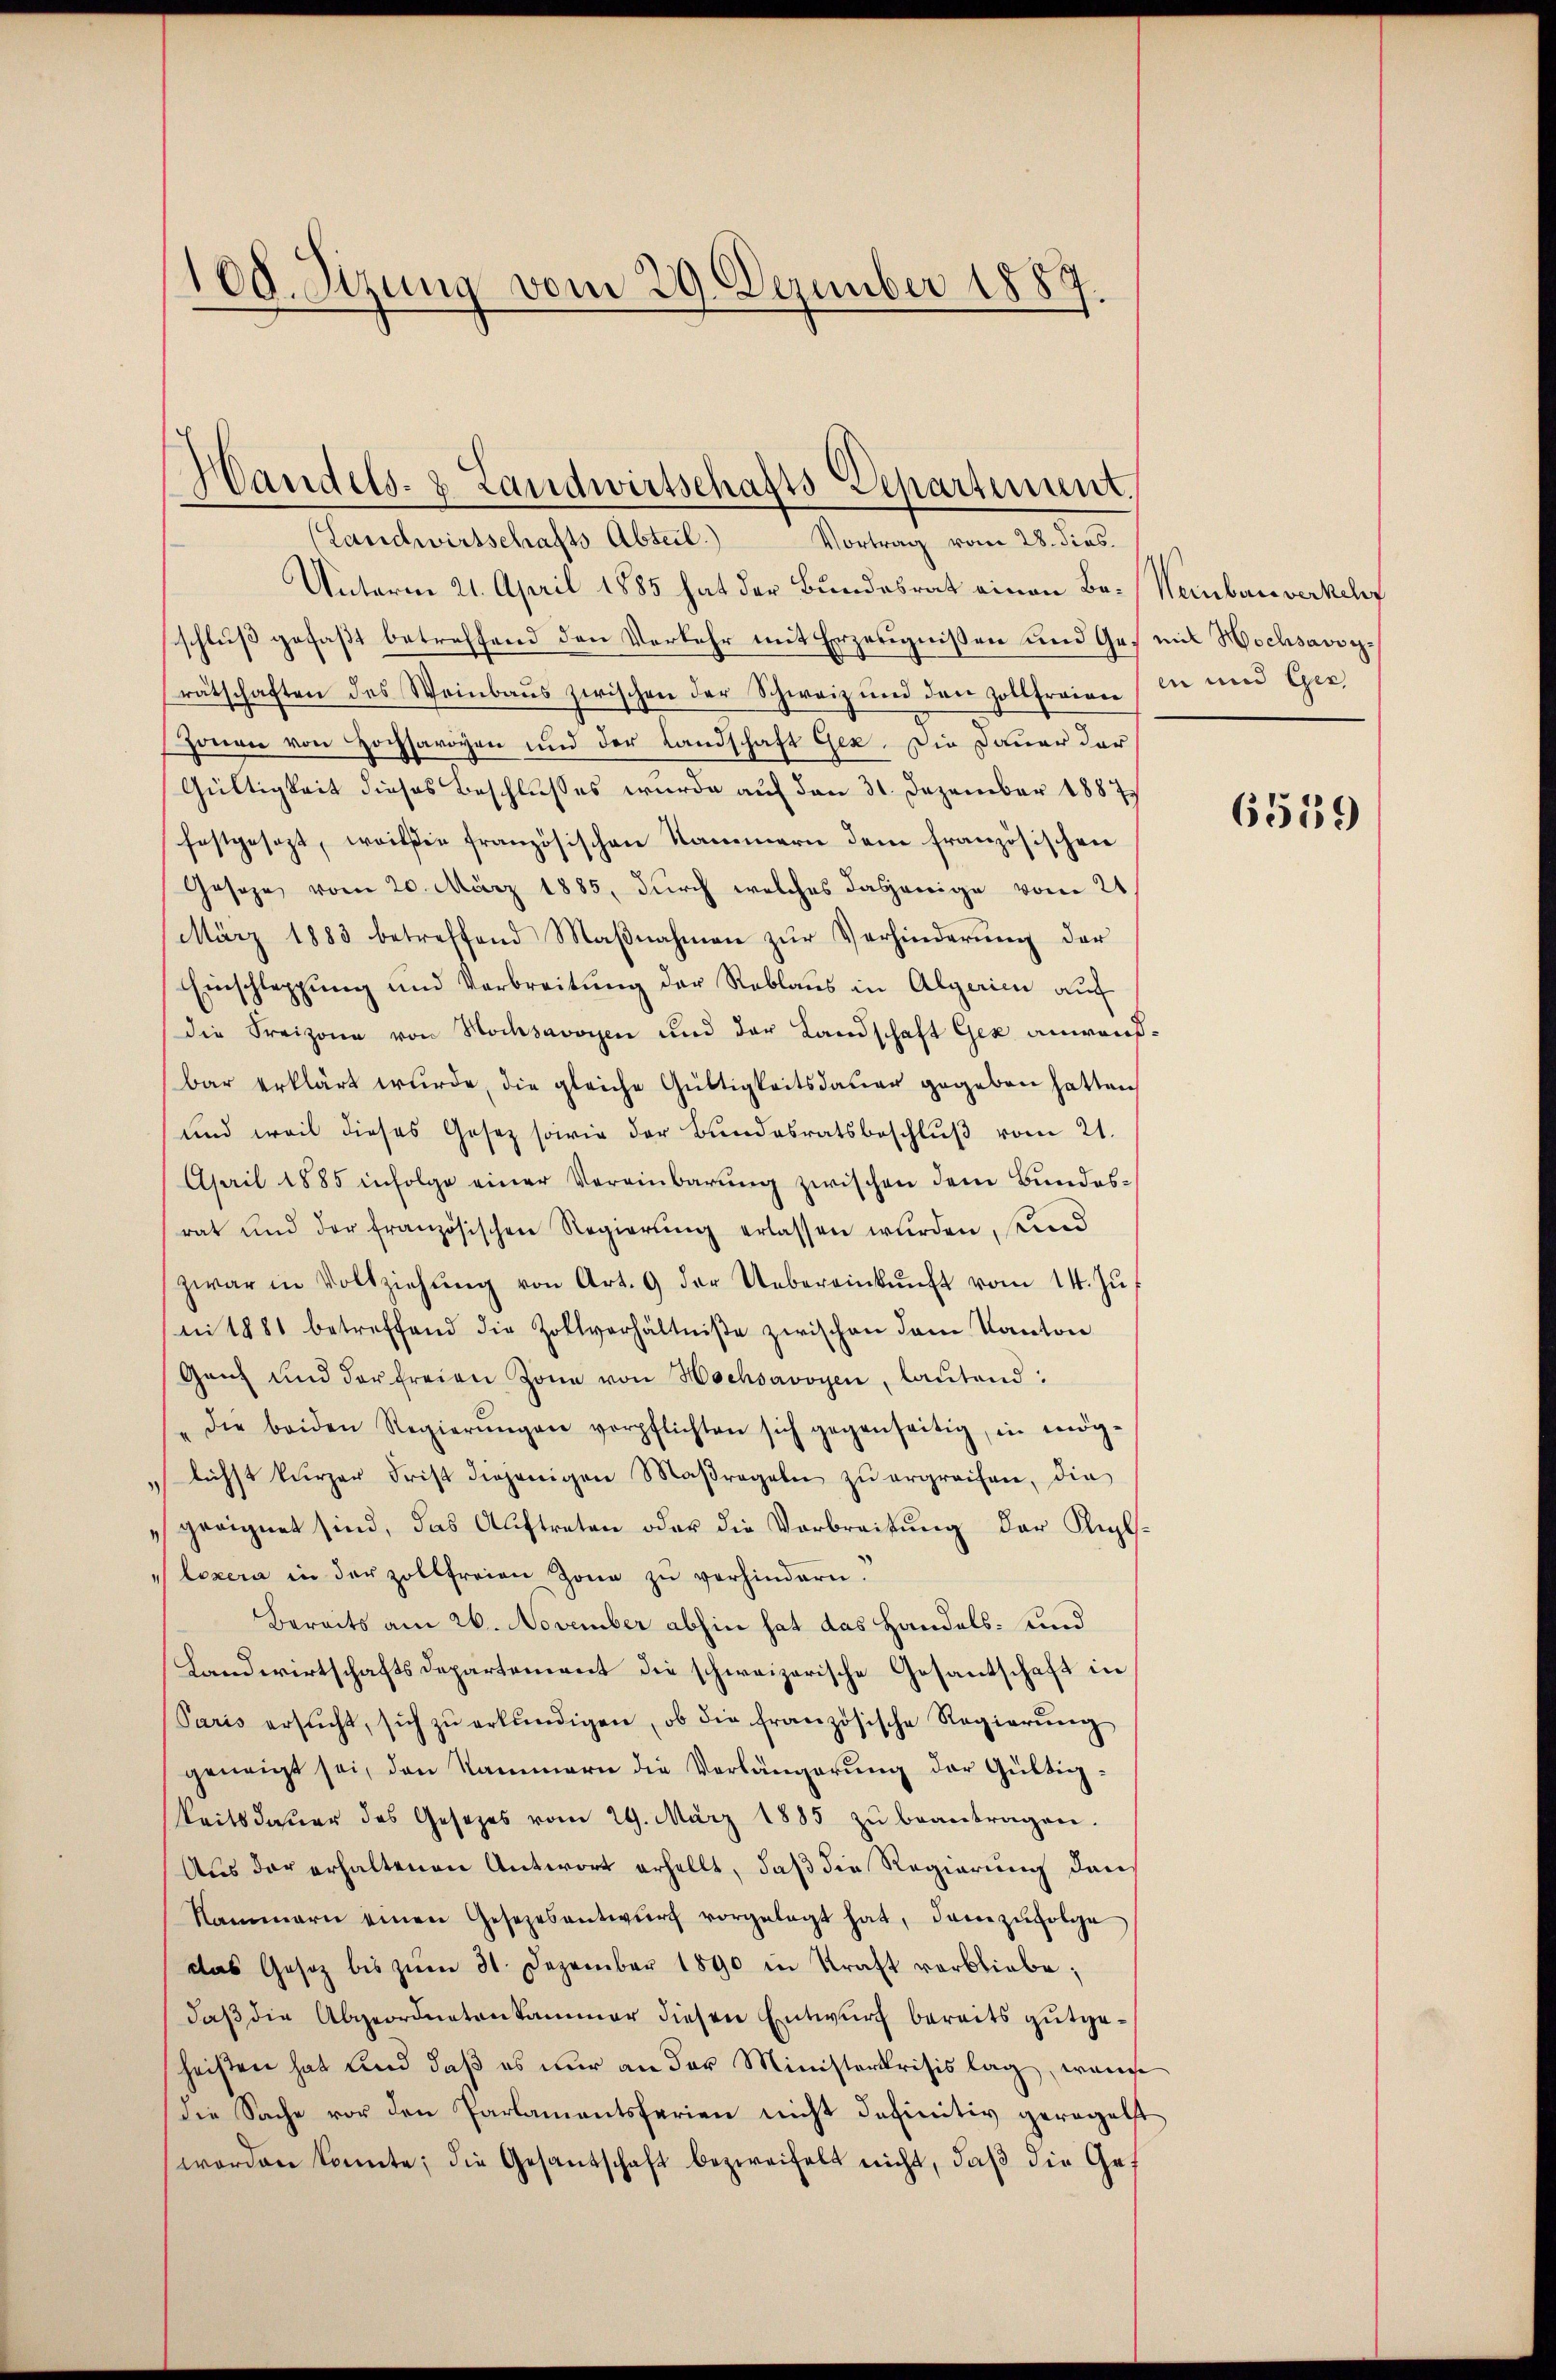
100. Sizung vom 29. Dezember 1889.

Unterm 21. April 1885 hat der Bundesrat einen Be-Weinbauverkelf
schluß gefaßt betreffend den Verkehr mit Erzeugnißen und Ges mit Wochsavoyratschaften des Weinbaus zwischen der Schweiz und den Zollfreien, die und Ger
Zonen von Hochsavoyen und der Landschaft Gen. Die Dauer der
Gültigkeit dieses Beschlusses wurde auf den 31. Dezember 1887
festgesezt, weil sie französischen Kammern dem französischen
Geseze vom 20. März 1885, durch welches dasjenige vom 21
März 1883 betreffend Maβnahmen zŭr Verhinderung der
Einschleppung und Verbreitung der Reblaus in Algerien auf
die Freizona von Hochsavoyen und der Landschaft Gez anwandbar erklärt wurde, die gleiche Gültigkeitsdauer gegeben hatten,
und weil dieses Gesetz sowie der Bŭndesratsbeschlŭβ vom 21.
April 1885 infolge einer Vereinbarung zwischen dem Bundes-
rat und der französischen Regierŭng erlassen würden, und
zwar in Vollziehŭng von Art. 9 der Uebereinkŭnft vom 14. Zŭ
ni 1881 betreffend die Zollverhältniße zwischen dem Kanton
Ganz und der freien Zone von Hochsavoyen, laŭtend:
die beiden Regierŭngen verpflichten sich gegenseitig, in mög-
lichst kurzer Frist diejenigen Maßregeln zu ergreifen, die
"geeignet sind, das Auftreten oder die Verbreitung der Kul¬
Loxera in der zollfreien Zone zu verhindern.
Bereits am 26. November abhin hat das Handels- und
Landwirtschaftsdepartement die schweizerische Gesantschaft in
Paris ersŭcht, sich zŭ erkundigen, ob die französische Regierŭng
geneigt sei, den Kammern die Verlängerung der Gültigkeitsdaŭer des Gesezes vom 29. März 1885 zŭ beantragen.
Aus der erhaltenen Antwort erhellt, daß die Regierung dans
Kammern einen Gesezesentwŭrf vorgelegt hat, danne zŭfolge
das Gesetz bis zŭm 31. Dezember 1890 in Kraft verbliebe,
daß die Abgeordnetenkammer diesen Entwurf bereits gutgeheißen hat und daß es nur an der Ministerkrisis lag, wenn
die Sache vor den Parlamentsferien nicht definitiv geregelst
worden konnte; die Gesandschaft bezweifelt nicht, daß die Ge¬

Handels- & Landwirtschafts-Departement.
(Landwirtschafts Abteil.)
Vortrag vom 28. dies.

6539